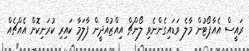
ރައީސް އެއާޕޯޓުން މާލެ ވަޑައިގެންނެވި ލޯންޗް އިއްޒުއްދީން ފާލަމާ ކައިރި ކުރަނިކޮށް އެއްޗެއް